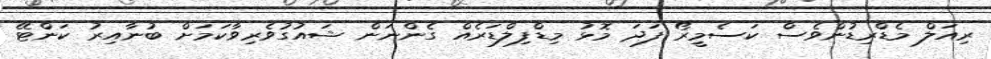
ރިއަލް މެޑްރިޑުންވެސް ކަސެމީރޯ ފަދަ މޮޅު މިޑްފިލްޑަރެއް ގެންނަން ޝައުގުވެރިވާކަމަށް ބުނާއިރު ކަންޓޭ